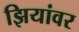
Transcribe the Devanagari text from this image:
झियांवर